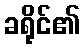
ခရိုင်၏